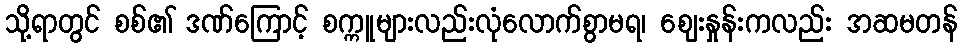
သို့ရာတွင် စစ်၏ ဒဏ်ကြောင့် စက္ကူများလည်းလုံလောက်စွာမရ၊ ဈေးနှုန်းကလည်း အဆမတန်